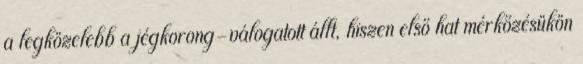
a legközelebb a jégkorong-válogatott állt, hiszen első hat mérkőzésükön